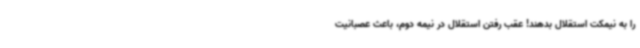
را به نیمکت استقلال بدهند! عقب رفتن استقلال در نیمه دوم، باعث عصبانیت